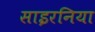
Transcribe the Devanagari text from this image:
साइरनिया